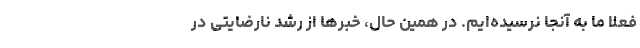
فعلا ما به آنجا نرسیده‌ایم. در همین حال، خبرها از رشد نارضایتی در